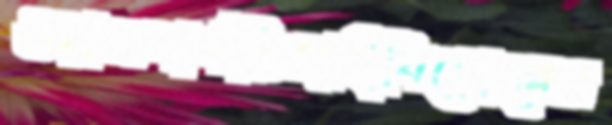
ওয়ালবার্গডিঙ্গাইবিতোলেন